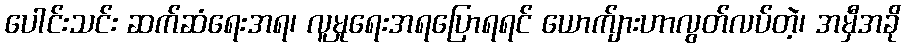
ပေါင်းသင်း ဆက်ဆံရေးအရ၊ လူမှုရေးအရပြောရရင် ယောက်ျားဟာလွတ်လပ်တဲ့၊ အမှီအခို